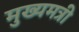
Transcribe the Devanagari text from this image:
मुख्यमत्री